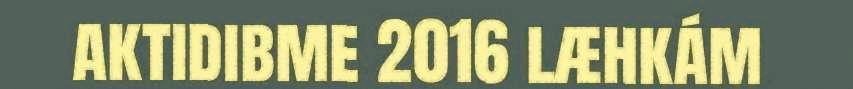
aktidibme 2016 læhkám